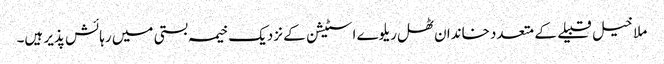
ملا خیل قبیلے کے متعدد خاندان ٹھل ریلوے اسٹیشن کے نزدیک خیمہ بستی میں رہائش پذیر ہیں۔